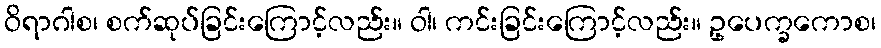
ဝိရာဂါစ၊ စက်ဆုပ်ခြင်းကြောင့်လည်း။ ဝါ၊ ကင်းခြင်းကြောင့်လည်း။ ဥ့ပေက္ခကောစ၊